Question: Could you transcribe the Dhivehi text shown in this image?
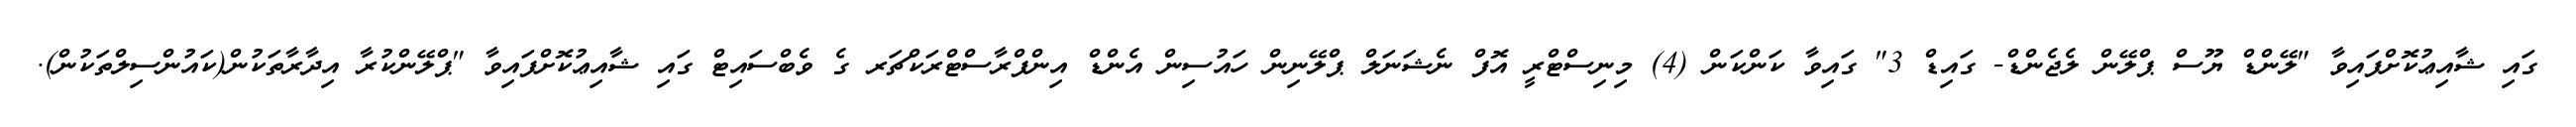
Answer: ގައި ޝާއިޢުކޮށްފައިވާ "ލޭންޑް ޔޫސް ޕްލޭން ލެޖެންޑް- ގައިޑް 3" ގައިވާ ކަންކަން (4) މިނިސްޓްރީ އޮފް ނެޝަނަލް ޕްލޭނިން ހައުސިން އެންޑް އިންފްރާސްޓްރަކްޗަރ ގެ ވެބްސައިޓް ގައި ޝާއިޢުކޮށްފައިވާ "ޕްލޭންކުރާ އިދާރާތަކުން(ކައުންސިލްތަކުން).